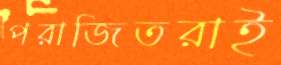
পরাজিতরাই